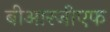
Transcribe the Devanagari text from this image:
बीआरजीएफ